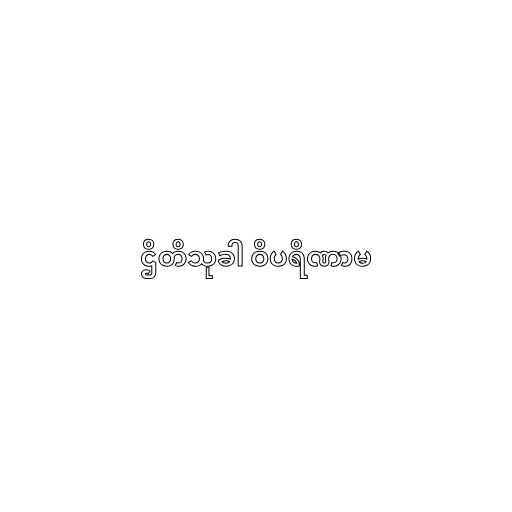
ဌိတိသုခါ ဝိပရိဏာမ